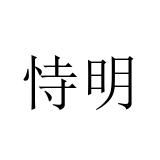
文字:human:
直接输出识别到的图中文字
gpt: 恃明